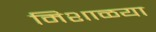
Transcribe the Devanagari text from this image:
मिशाळया